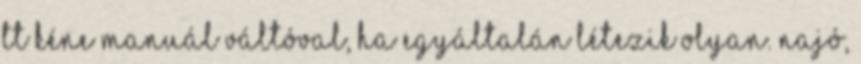
TT kéne manuál váltóval, ha egyáltalán létezik olyan. najó,